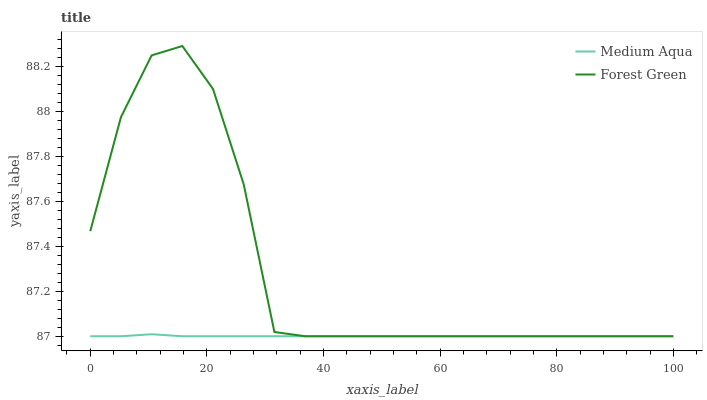
| xaxis_label | Medium Aqua | Forest Green |
 | --- | --- | --- |
 | 0 | 87 | 87.5 |
 | 5.26 | 87 | 88 |
 | 10.5 | 87 | 88.3 |
 | 15.8 | 87 | 88.3 |
 | 21.1 | 87 | 88.1 |
 | 26.3 | 87 | 87.7 |
 | 31.6 | 87 | 87 |
 | 36.8 | 87 | 87 |
 | 42.1 | 87 | 87 |
 | 47.4 | 87 | 87 |
 | 52.6 | 87 | 87 |
 | 57.9 | 87 | 87 |
 | 63.2 | 87 | 87 |
 | 68.4 | 87 | 87 |
 | 73.7 | 87 | 87 |
 | 78.9 | 87 | 87 |
 | 84.2 | 87 | 87 |
 | 89.5 | 87 | 87 |
 | 94.7 | 87 | 87 |
 | 100 | 87 | 87 |